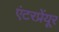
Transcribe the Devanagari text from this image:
एंटरप्रेंयूर